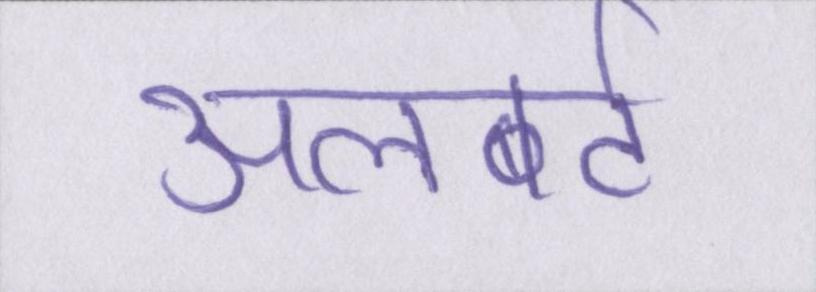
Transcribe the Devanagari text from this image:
अलबर्ट